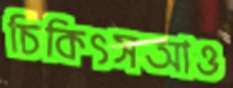
চিকিৎসআও